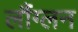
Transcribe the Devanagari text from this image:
लौंग्लन